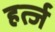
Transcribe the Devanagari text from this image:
हर्त्ज